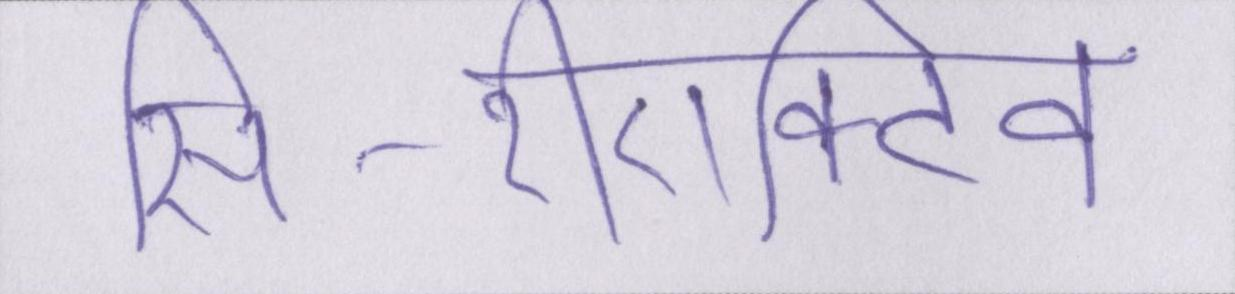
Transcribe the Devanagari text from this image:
सी-रीएक्टिव